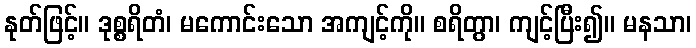
နုတ်ဖြင့်။ ဒုစ္စရိတံ၊ မကောင်းသော အကျင့်ကို။ စရိတွာ၊ ကျင့်ပြီး၍။ မနသာ၊